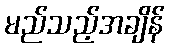
မည်သည့်အချိန်